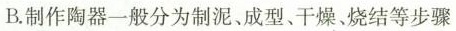
B.制作陶器一般分为泥、成型、干燥、烧结等步骤